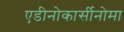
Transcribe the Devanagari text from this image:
एडीनोकार्सीनोमा